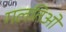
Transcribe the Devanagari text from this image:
गलतिओं